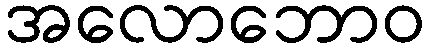
အလောဘောဝ